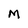
Character: M